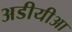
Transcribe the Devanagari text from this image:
अडीयीआ